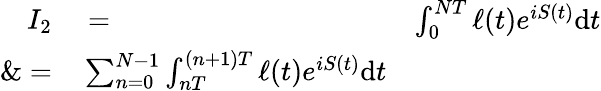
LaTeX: \begin{array}{rlr}{I_{2}}&{{}=}&{\int_{0}^{NT}\ell(t)e^{iS(t)}\mathrm{d}t}\\ {\& =}&{{}\sum_{n=0}^{N-1}\int_{nT}^{(n+1)T}\ell(t)e^{iS(t)}\mathrm{d}t}\end{array}